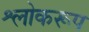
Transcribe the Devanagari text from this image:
श्लोकरूप